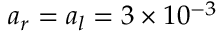
a _ { r } = a _ { l } = 3 \times 1 0 ^ { - 3 }